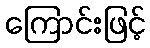
ကြောင်းဖြင့်